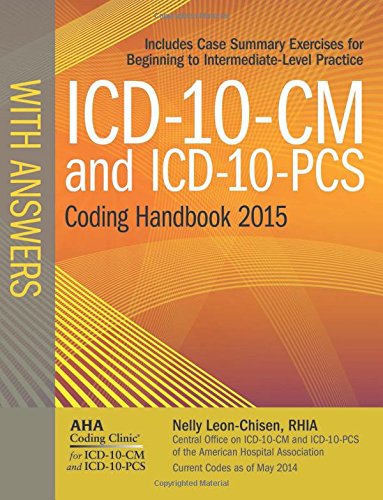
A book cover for ICD-10-CM and ICD-10-PCS Coding Handbook, with Answers, 2015 Rev. Ed.; Nelly Leon-Chisen; Medical Books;